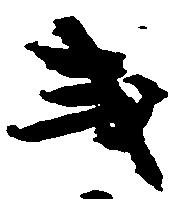
或